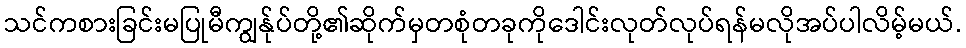
သင်ကစားခြင်းမပြုမီကျွန်ုပ်တို့၏ဆိုက်မှတစုံတခုကိုဒေါင်းလုတ်လုပ်ရန်မလိုအပ်ပါလိမ့်မယ်.